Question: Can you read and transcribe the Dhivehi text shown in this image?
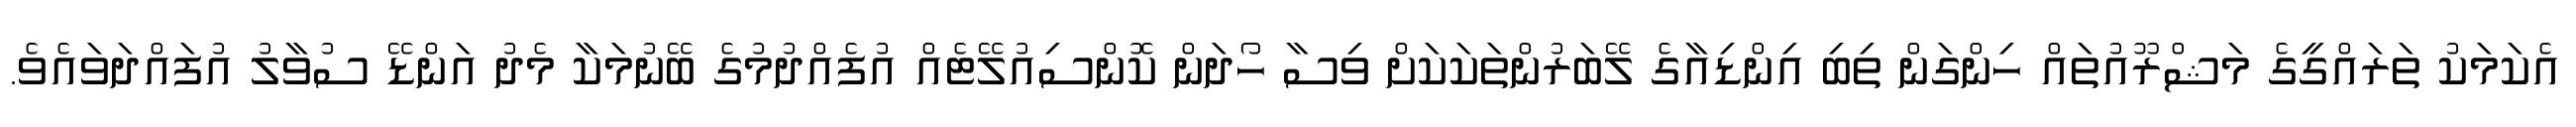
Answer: އެކަމަކު ތަރައްގީގެ މަޝްރޫއުތައް ހިންގަން ތިބި އިންޑިއާގެ ލޭބަރުންތަކަކަށް ވިސާ ހޯދަން ކޮންސިއުލޭޓެއް އުފެއްދުމުގެ ބޭނުމަކާ މެދު އަންޑޭ ސުވާލު އުފައްދަވައެވެ.